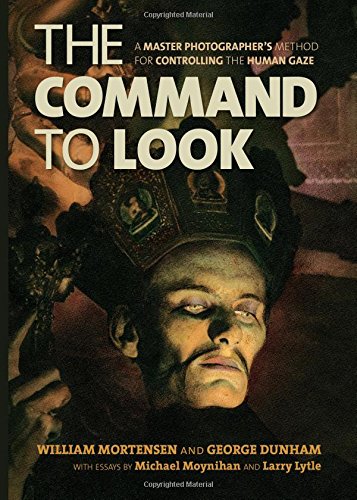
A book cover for The Command to Look: A Master PhotographerEEs Method for Controlling the Human Gaze; William Mortensen; Religion & Spirituality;